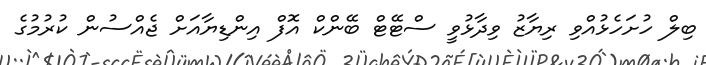
ބިލް ހުށަހެޅުއްވި ރިޔާޒު ވިދާޅުވީ ސްޓޭޓް ބޭންކް އޮފް އިންޑިޔާއަށް ޖެއްސުން ކުރުމުގެ